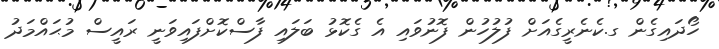
ހޯދައިގެން ގ.ކެނެރީގެއަށް ފުލުހުން ފޮނުވައި އެ ގެކޮޅު ބަލައި ފާސްކޮށްފައިވަނީ ރައީސް މުޙައްމަދު